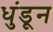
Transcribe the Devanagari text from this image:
धुंडून